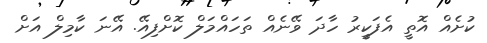
ކުށެއް އޮތީ އެފަކީރު ހާދަ ވޭނެއް ތަހައްމަލް ކޮށްފިއޭ. އޭނަ ކާމިލް އަށް